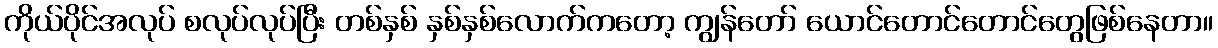
ကိုယ်ပိုင်အလုပ် စလုပ်လုပ်ပြီး တစ်နှစ် နှစ်နှစ်လောက်ကတော့ ကျွန်တော် ယောင်တောင်တောင်တွေဖြစ်နေတာ။